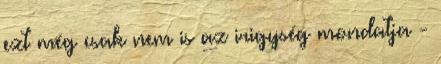
ezt még csak nem is az irigység mondatja -